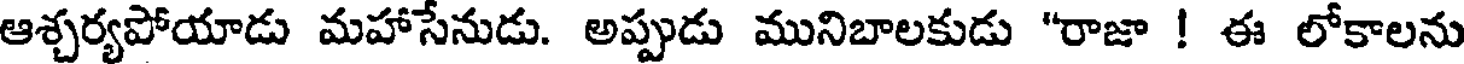
ఆశ్చర్యపోయాడు మహాసేనుడు. అప్పుడు మునిబాలకుడు "రాజా ! ఈ లోకాలను